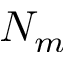
N _ { m }